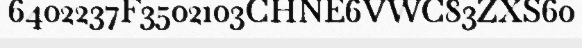
6402237F3502103CHNE6VWC83ZXS60